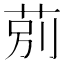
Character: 莂